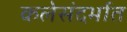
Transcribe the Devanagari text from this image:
कलेसंदर्भात